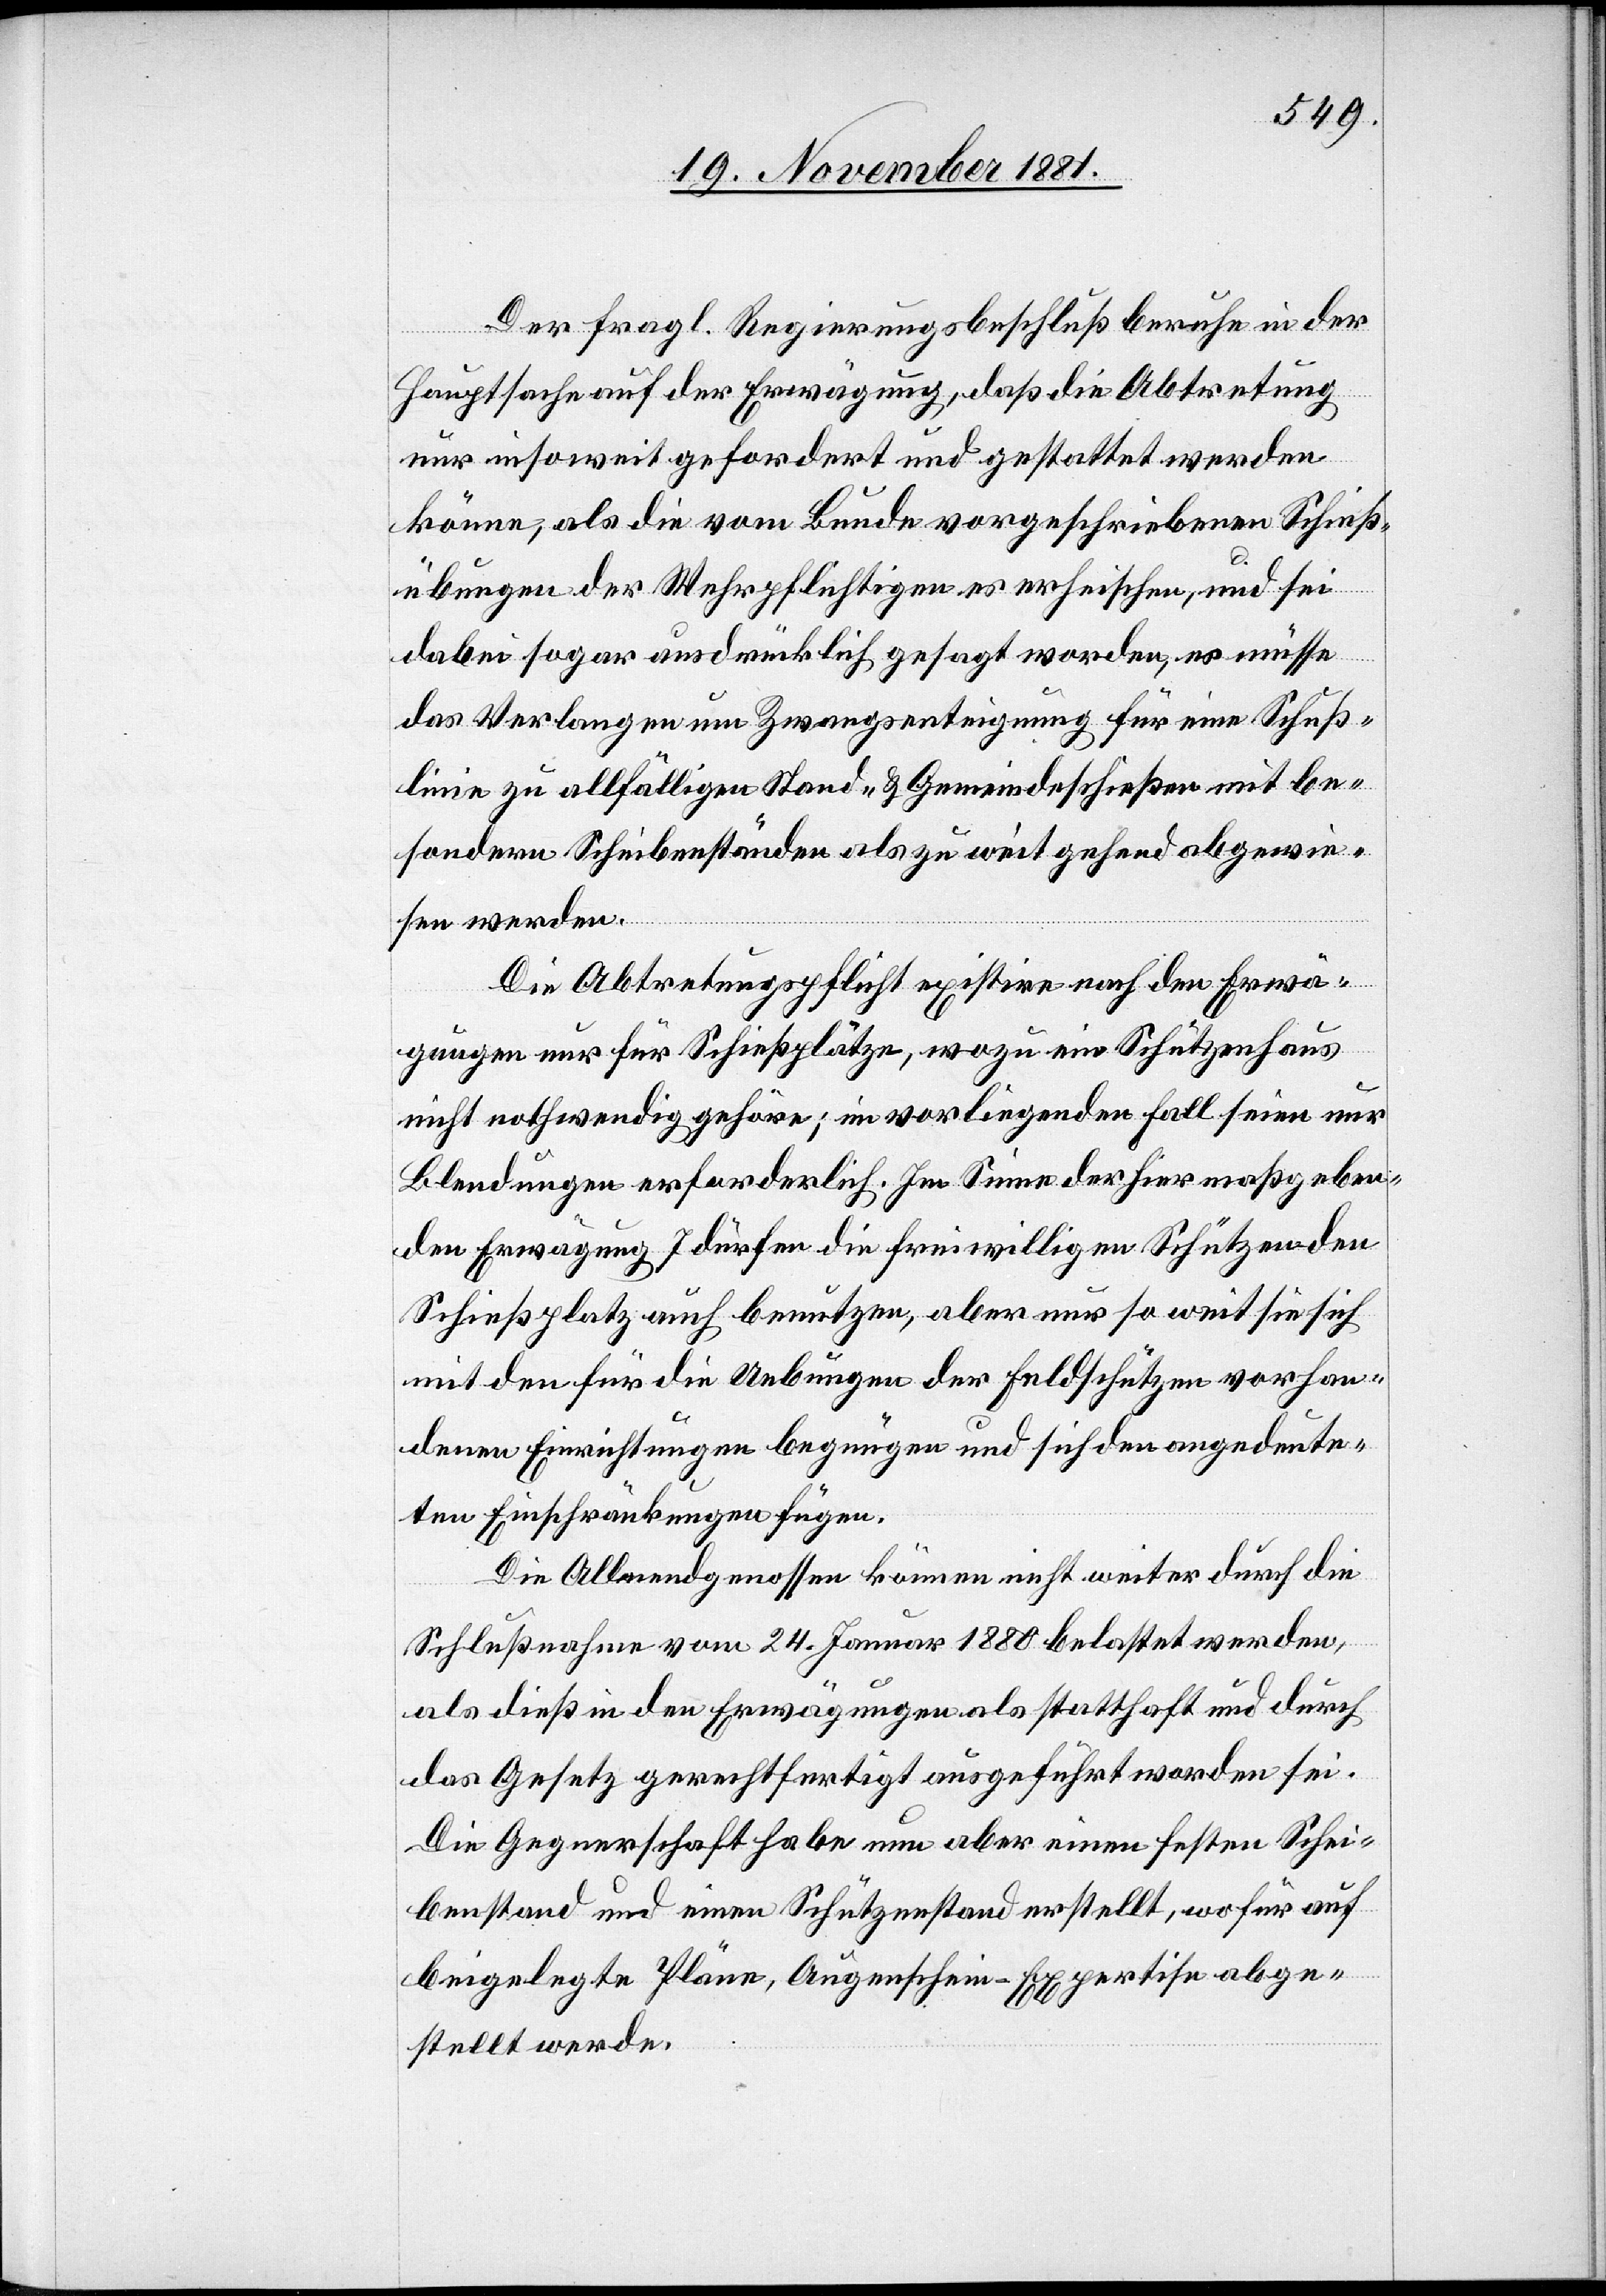
Der fragl. Regierungsbeschluß beruhe in der
Hauptsache auf der Erwägung, daß die Abtretung
nur insoweit gefordert und gestattet werden
könne, als die vom Bunde vorgeschriebenen Schieß¬
übungen der Wehrpflichtigen es erheischen, und sei
dabei sogar ausdrücklich gesagt worden, es müsse
das Verlangen um Zwangsenteignung für eine Schuß¬
linie zu allfälligen Stand- & Gemeindeschießen mit be¬
sondern Scheibenständen als zu weit gehend abgewie¬
sen werden.
Die Abtretungspflicht existire nach den Erwä¬
gungen nur für Schießplätze, wozu ein Schützenhaus
nicht nothwendig gehöre; im vorliegenden Fall seien nur
Blendungen erforderlich. Im Sinne der hier maßgeben¬
den Erwägung 7 dürfen die freiwilligen Schützen den
Schießplatz auch benutzen, aber nur so weit sie sich
mit den für die Uebungen der Feldschützen vorhan¬
denen Einrichtungen begnügen und sich den angedeute¬
ten Einschränkungen fügen.
Die Allmendgenossen können nicht weiter durch die
Schlußnahme vom 24. Januar 1880 belastet werden,
als dieß in den Erwägungen als statthaft und durch
das Gesetz gerechtfertigt ausgeführt worden sei.
Die Gegnerschaft habe nun aber einen festen Schei¬
benstand und einen Schützenstand erstellt, wofür auf
beigelegte Pläne, Augenschein-Expertise abge¬
stellt werde.